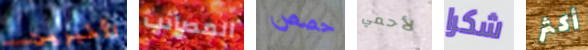
الأخيرين المصائب حصص لأحمي شكرا أكثر